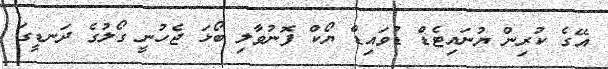
އޭގެ ކުރިން ޔުނައިޓެޑް ޑުވައިޑް ޔޯކް ފޮނުވާލި ބޯޅަ ޖެހުނީ ގޯލުގެ ދަނޑީގަ